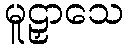
မူဠှာသေ